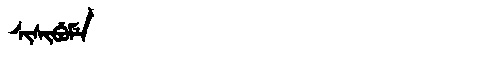
Manchu: ᠰᡳᠰᡳᠪᡠᠮᡝ
Romanization: SISIBUME